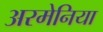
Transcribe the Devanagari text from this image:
अरमेनिया